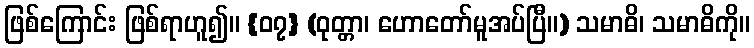
ဖြစ်ကြောင်း ဖြစ်ရာဟူ၍။ {၀၇} (ဝုတ္တာ၊ ဟောတော်မူအပ်ပြီ။) သမာဓိ၊ သမာဓိကို။